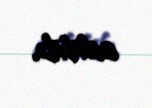
edilib.